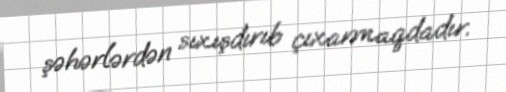
şəhərlərdən sıxışdırıb çıxarmaqdadır.